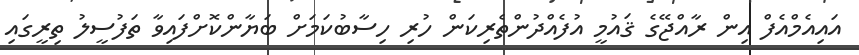
އައިއެމްއެފް އިން ރާއްޖޭގެ ޤައުމީ އުފެއްދުންތެރިކަން ހުރި ހިސާބުކަމަށް ބަޔާންކޮށްފައިވާ ތަފުސީލު ތިރީގައި